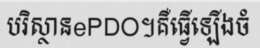
បរិស្ថានePDO។គឺធ្វើឡើងចំ